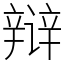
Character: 辩